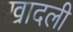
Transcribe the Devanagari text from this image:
खादली